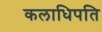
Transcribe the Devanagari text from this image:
कलाधिपति